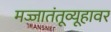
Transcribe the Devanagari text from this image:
मज्जातंतूव्यूहावर